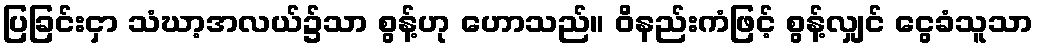
ပြခြင်းငှာ သံဃာ့အလယ်၌သာ စွန့်ဟု ဟောသည်။ ဝိနည်းကံဖြင့် စွန့်လျှင် ငွေခံသူသာ